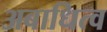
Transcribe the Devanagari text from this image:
अबाधित्व